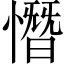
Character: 憯